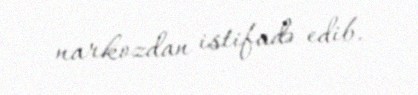
narkozdan istifadə edib.